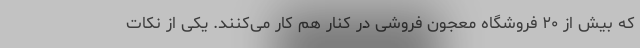
که بیش از ۲۰ فروشگاه معجون فروشی در کنار هم کار می‌کنند. یکی از نکات